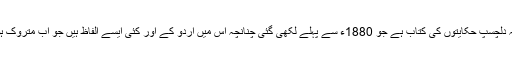
تذکرہ غوثیہ دلچسپ حکایتوں کی کتاب ہے جو 1880ء سے پہلے لکھی گئی چنانچہ اس میں اردو کے اور کئی ایسے الفاظ ہیں جو اب متروک ہوچکے ہیں۔